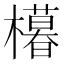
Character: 𣞩